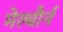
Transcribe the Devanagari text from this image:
मेल्बौर्न